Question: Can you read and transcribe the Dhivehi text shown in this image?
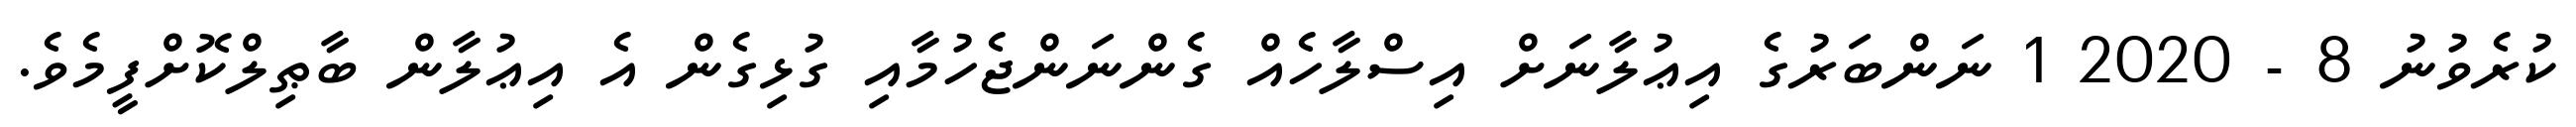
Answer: ކުރެވުނު 8 - 2020 1 ނަންބަރުގެ އިޢުލާނަށް އިސްލާހެއް ގެންނަންޖެހުމާއި ގުޅިގެން އެ އިޢުލާން ބާޠިލްކޮށްފީމެވެ.